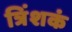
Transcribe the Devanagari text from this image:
त्रिंशकं